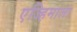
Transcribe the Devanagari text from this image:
एज्हिमाला